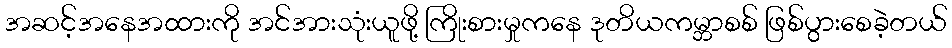
အဆင့်အနေအထားကို အင်အားသုံးယူဖို့ ကြိုးစားမှုကနေ ဒုတိယကမ္ဘာစစ် ဖြစ်ပွားစေခဲ့တယ်